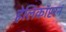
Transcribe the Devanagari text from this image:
हेलिकॉप्टरनं